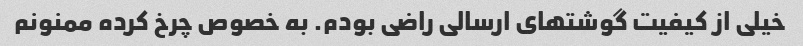
خیلی از کیفیت گوشتهای ارسالی راضی بودم‌. به خصوص چرخ کرده ممنونم